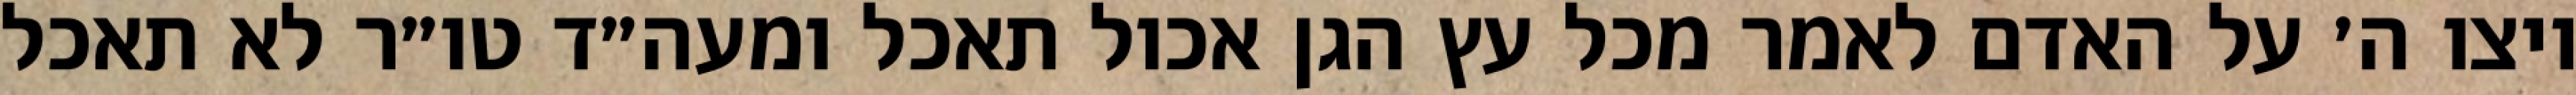
ויצו ה׳ על האדם לאמר מכל עץ הגן אכול תאכל ומעה״ד טו״ר לא תאכל